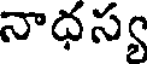
నాధస్య